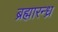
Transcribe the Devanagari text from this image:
ब्रह्मारन्ध्र